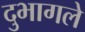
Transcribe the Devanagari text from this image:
दुभागले